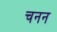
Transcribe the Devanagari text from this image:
चनन